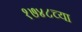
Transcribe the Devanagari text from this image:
१७४८च्या